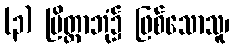
(၃) ပြိတ္တာဘုံ၌ ဖြစ်သောသူ၊